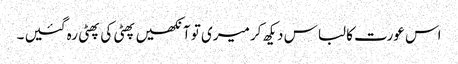
اس عورت کا لباس دیکھ کر میری تو آنکھیں پھٹی کی پھٹی رہ گئیں ۔